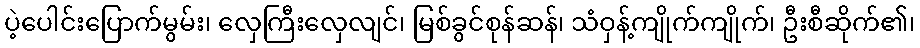
ပဲ့ပေါင်းပြောက်မွမ်း၊ လှေကြီးလှေလျင်၊ မြစ်ခွင်စုန်ဆန်၊ သံဝှန့်ကျိုက်ကျိုက်၊ ဦးစီဆိုက်၏၊